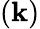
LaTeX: (\mathbf{k})